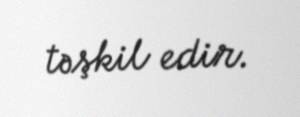
təşkil edir.